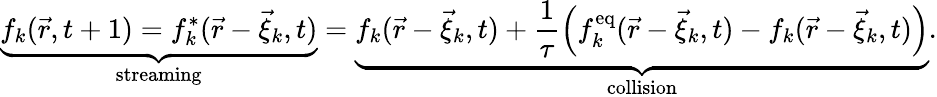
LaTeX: \underbrace{f_{k}(\vec{r},t+1)=f_{k}^{*}(\vec{r}-\vec{\xi}_{k},t)}_{\mathrm{streaming}}=\underbrace{f_{k}(\vec{r}-\vec{\xi}_{k},t)+\frac{1}{\tau}\left(f_{k}^{\mathrm{eq}}(\vec{r}-\vec{\xi}_{k},t)-f_{k}(\vec{r}-\vec{\xi}_{k},t)\right)}_{\mathrm{collision}}.